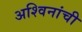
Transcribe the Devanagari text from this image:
अश्विनांची